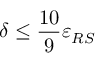
\delta \leq \frac { 1 0 } { 9 } \varepsilon _ { R S }